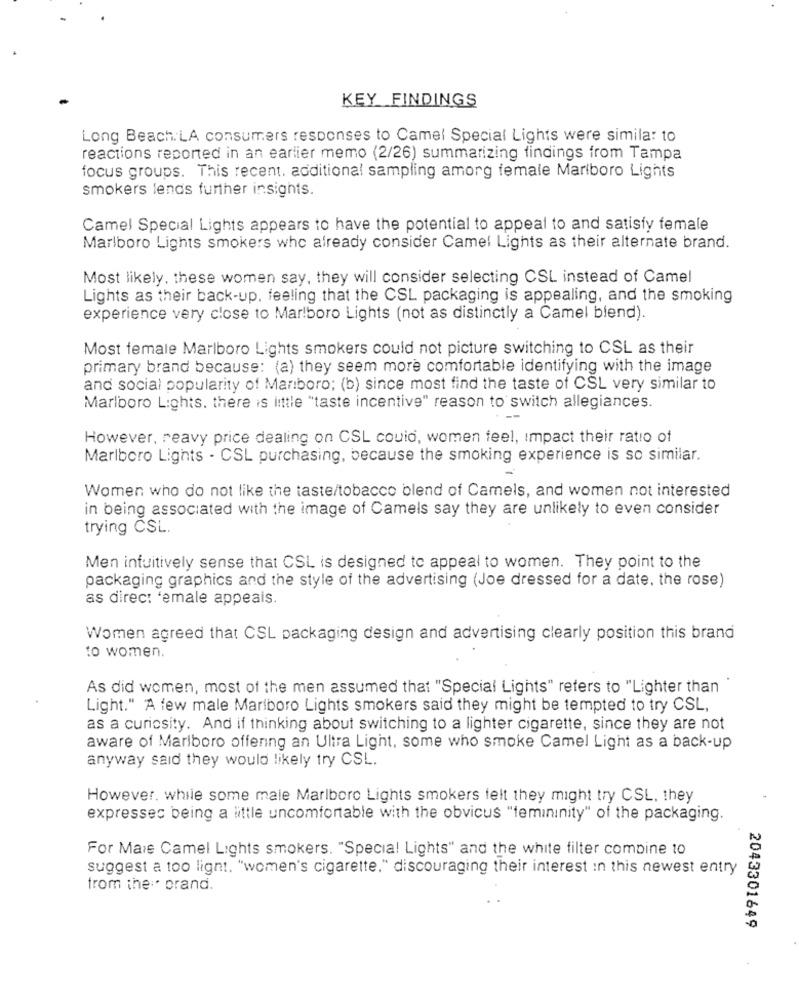
KEY FINDINGS
Long Beach. LA consumers responses to Camel Special Lights were similar to
reactions reported in an earlier memo (2/26) summarizing findings from Tampa
focus groups. This recent. additional sampling amorg female Marlboro Lights
smokers lends further insights.
Camel Special Lights appears to have the potential to appeal to and satisfy female
Marlboro Lights smokers who already consider Camel Lights as their alternate brand.
Most likely. these women say, they will consider selecting CSL instead of Camel
Lights as their back-up, feeling that the CSL packaging is appealing, and the smoking
experience very close to Marlboro Lights (not as distinctly a Camel blend).
Most female Marlboro Lights smokers could not picture switching to CSL as their
primary brand because: (a) they seem more comfortable identifying with the image
and social popularity of Marboro; (b) since most find the taste of CSL very similar to
Marlboro Lights. there is little "taste incentive" reason to switch allegiances.
However, reavy price dealing on CSL couio, women feel, impact their ratio of
Marlboro Lights - CSL purchasing, because the smoking experience is so similar.
Women who do not like the taste/tobacco blend of Camels, and women not interested
in being associated with the image of Camels say they are unlikely to even consider
trying CSL.
Men intuitively sense that CSL is designed to appeal to women. They point to the
packaging graphics and the style of the advertising (Joe dressed for a date, the rose)
as direc: 'emale appeals.
Women agreed that CSL packaging design and advertising clearly position this brand
to women.
As did women, most of the men assumed that "Special Lights" refers to "Lighter than
Light." A few male Marlboro Lights smokers said they might be tempted to try CSL,
as a curiosity. And if thinking about switching to a lighter cigarette, since they are not
aware of Marlboro offering an Ultra Light, some who smoke Camel Light as a back-up
anyway said they would likely try CSL.
However, while some male Marlboro Lights smokers felt they might try CSL, they
expresses being a little uncomfortable with the obvicus "femininity" of the packaging.
For Maie Camel Lights smokers. "Special Lights" and the white filter combine 10
suggest a too light. "women's cigarette." discouraging their interest In this newest entry
from the :. prand.
2043301649